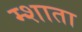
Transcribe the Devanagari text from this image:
म्शाता